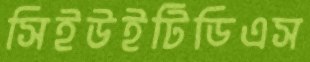
সিইউইটিডিএস